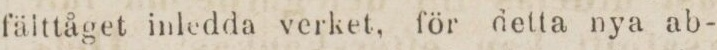
fälttåget inledda verket, för detta nya ab-